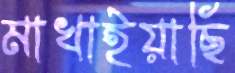
মাখাইয়াছি